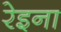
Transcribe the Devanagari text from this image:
रेइना